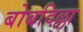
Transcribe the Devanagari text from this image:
बोबदिल्ला